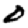
Digit: 0